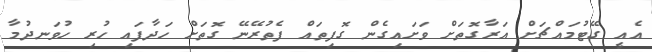
އެއީ ގޭޓުމައްޗަށް އަރާގޮތަށް ވަށައިގެން ގޮފިތައް ފެތުރޭނޭ ގޮތަށް ހަދާފައި ހުރި ހުވަނދުމާ